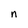
Character: n